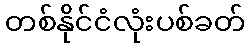
တစ်နိုင်ငံလုံးပစ်ခတ်